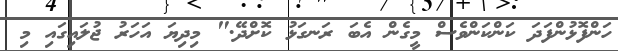
ހަންފޮޅުންފަދަ ކަންކަންވެސް މީގެން އެބަ ރަނގަޅު ކޮށްދޭ." މިދިޔަ އަހަރު ޖުލައިގައި މި